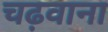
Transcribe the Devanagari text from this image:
चढ़वाना